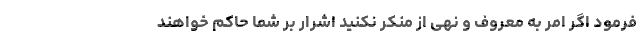
فرمود اگر امر به معروف و نهی از منکر نکنید اشرار بر شما حاکم خواهند